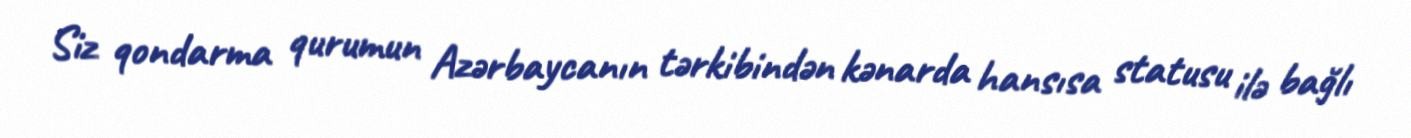
Siz qondarma qurumun Azərbaycanın tərkibindən kənarda hansısa statusu ilə bağlı